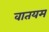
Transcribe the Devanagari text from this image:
वातयम